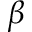
\beta